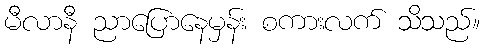
မီလာနီ ညာပြောနေမှန်း စကားလက် သိသည်။